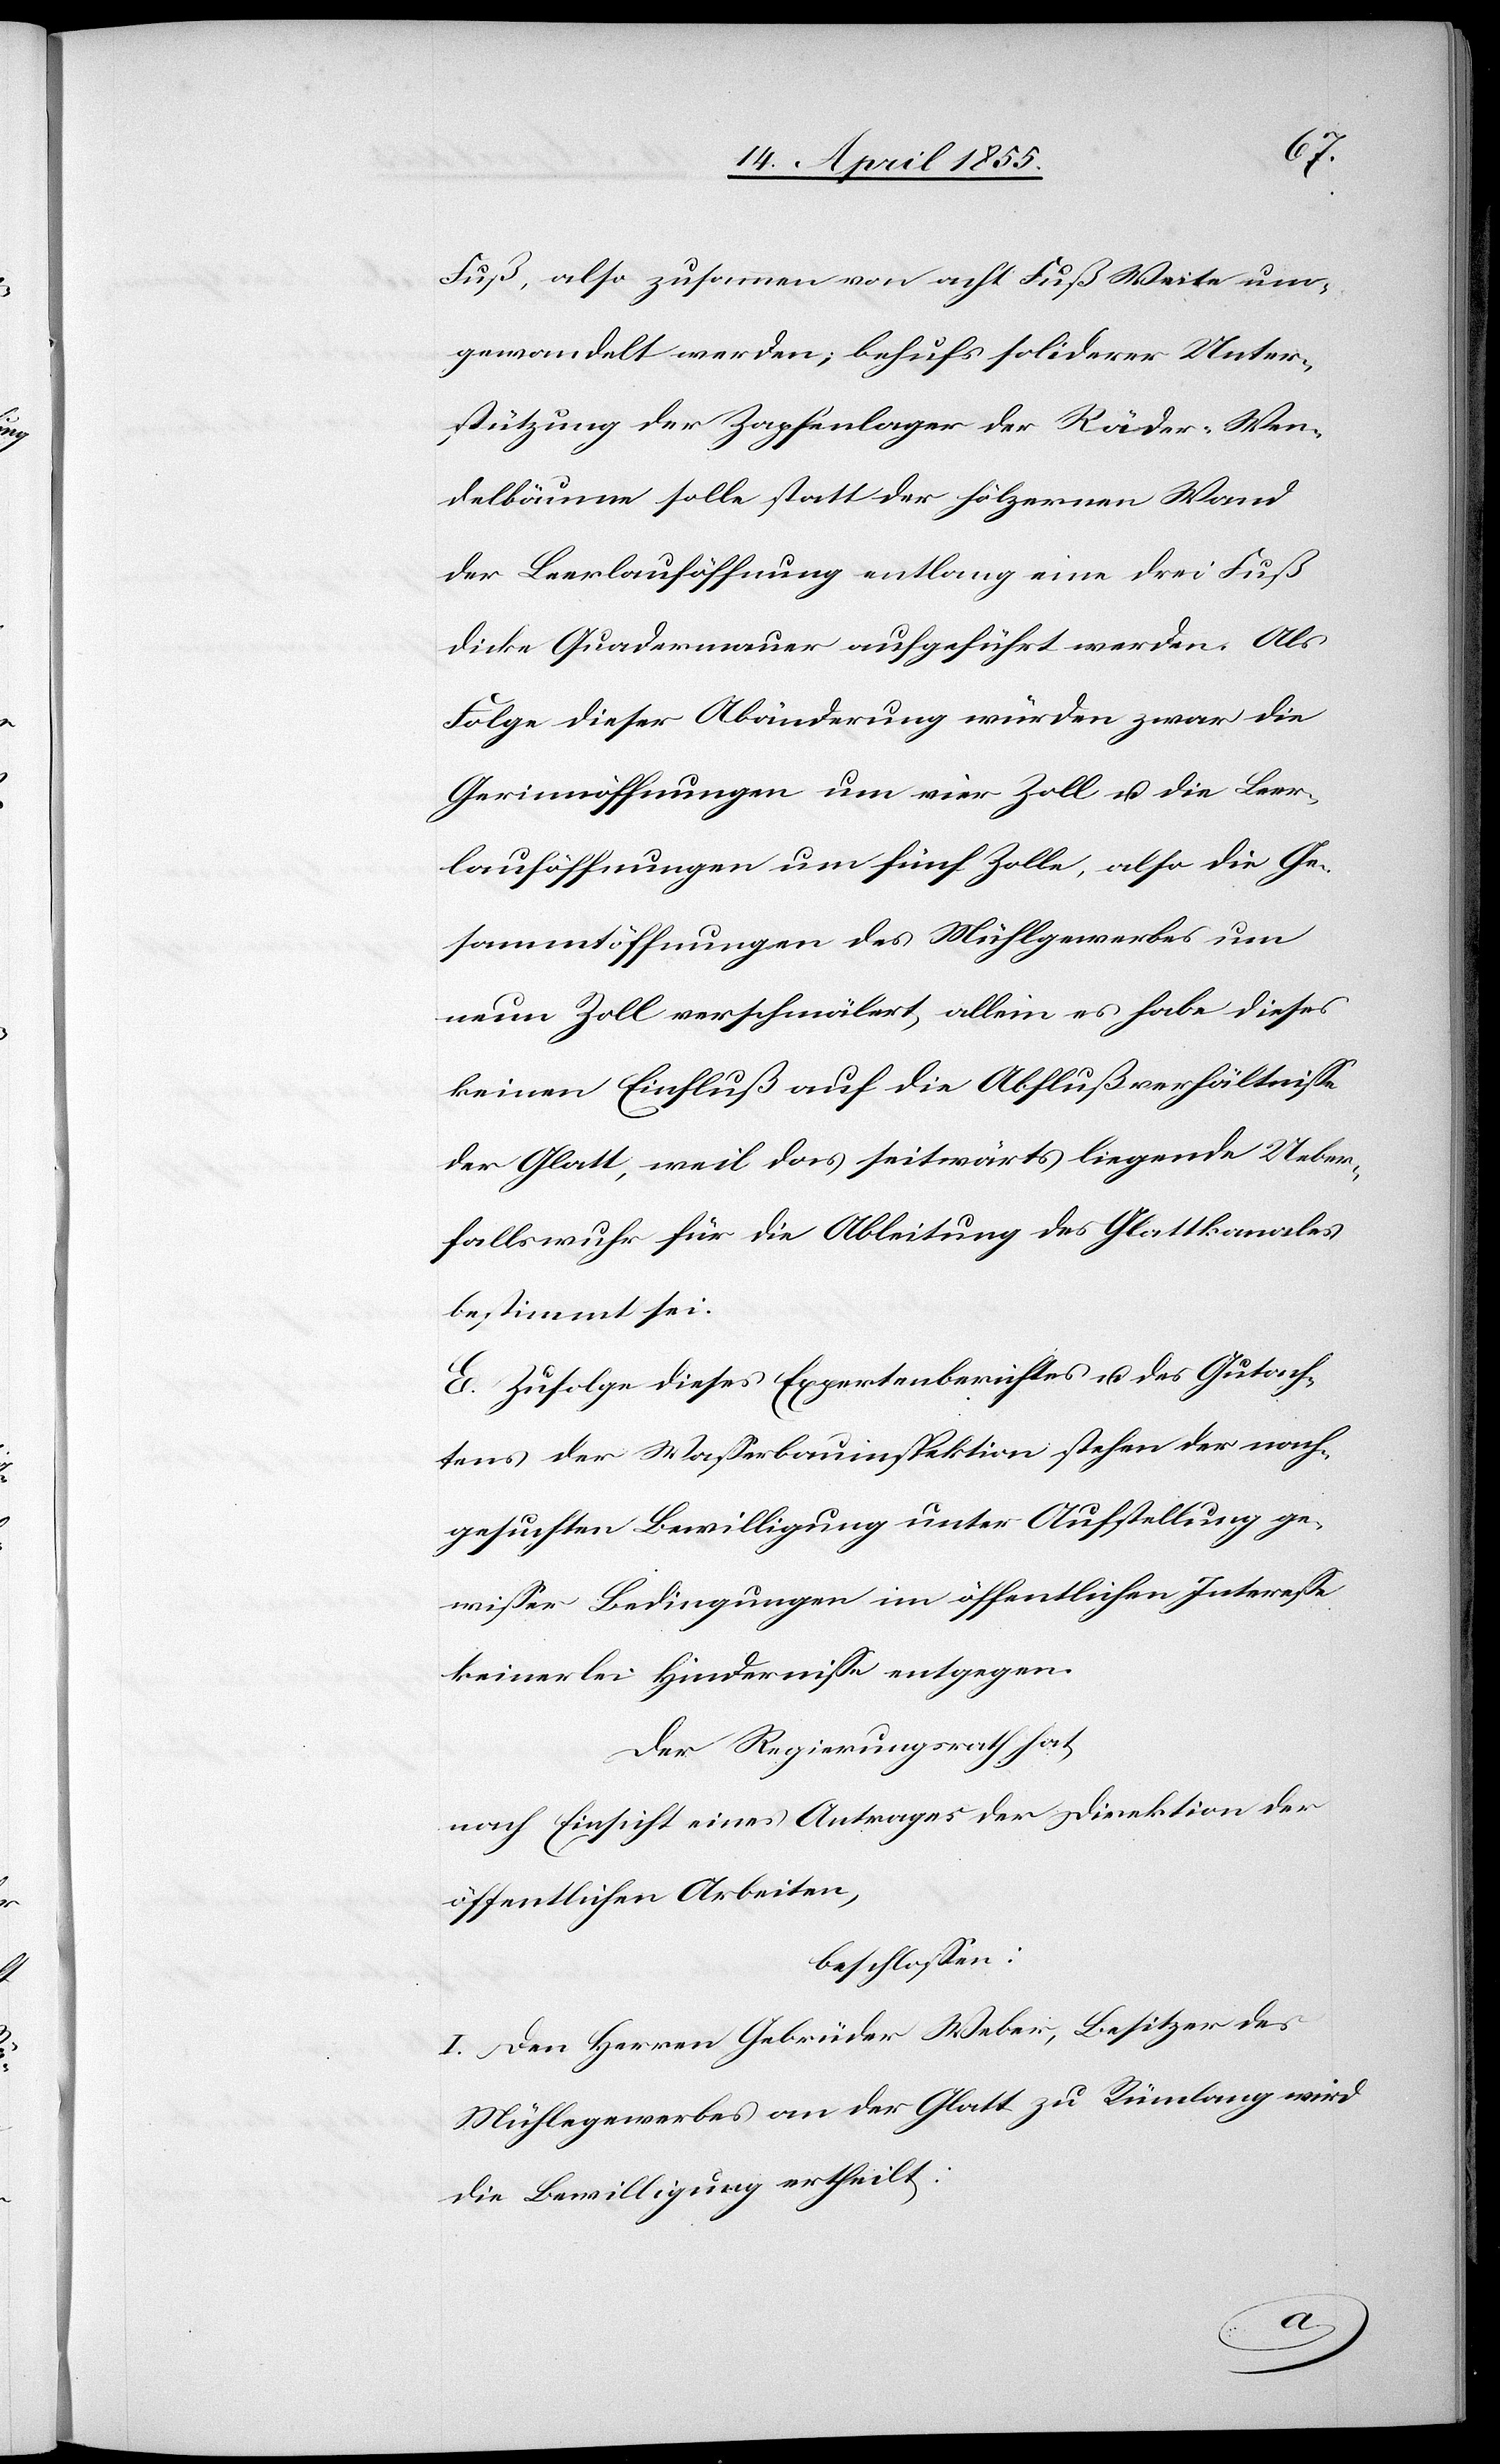
Fuß, also zusammen von acht Fuß Weite um¬
gewandelt werden; behufs soliderer Unter¬
stützung der Zapfenlager der Räder-Wen¬
delbäume solle statt der hölzernen Wand
der Leerlauföffnung entlang eine drei Fuß
dicke Quadermauer aufgeführt werden. Als
Folge dieser Abänderung würden zwar die
Gerinnöffnungen um vier Zoll u. die Leer¬
lauföffnungen um fünf Zolle, also die Ge¬
sammtöffnungen des Mühlgewerbes um
neun Zoll verschmälert, allein es habe dieses
keinen Einfluß auf die Abflußverhältnisse
der Glatt, weil das seitwärts liegende Ueber¬
fallswuhr für die Ableitung des Glattkanales
bestimmt sei.
E. Zufolge dieses Expertenberichtes u. des Gutach¬
tens der Wasserbauinspektion stehen der nach¬
gesuchten Bewilligung unter Aufstellung ge¬
wisser Bedingungen im öffentlichen Interesse
keinerlei Hindernisse entgegen.
Der Regierungsrath hat,
nach Einsicht eines Antrages der Direktion der
öffentlichen Arbeiten,
beschlossen:
I. Den Herren Gebrüder Weber, Besitzer des
Mühlegewerbes an der Glatt zu Rümlang wird
die Bewilligung ertheilt: